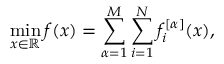
\operatorname* { m i n } _ { x \in \mathbb { R } } f ( x ) = \sum _ { \alpha = 1 } ^ { M } \sum _ { i = 1 } ^ { N } f _ { i } ^ { [ \alpha ] } ( x ) ,